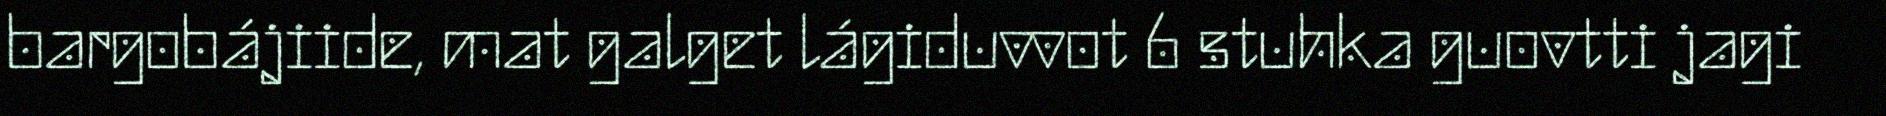
bargobájiide, mat galget lágiduvvot 6 stuhka guovtti jagi